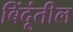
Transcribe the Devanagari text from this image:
बिंदूंतील